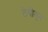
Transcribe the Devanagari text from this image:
ठेवीतून